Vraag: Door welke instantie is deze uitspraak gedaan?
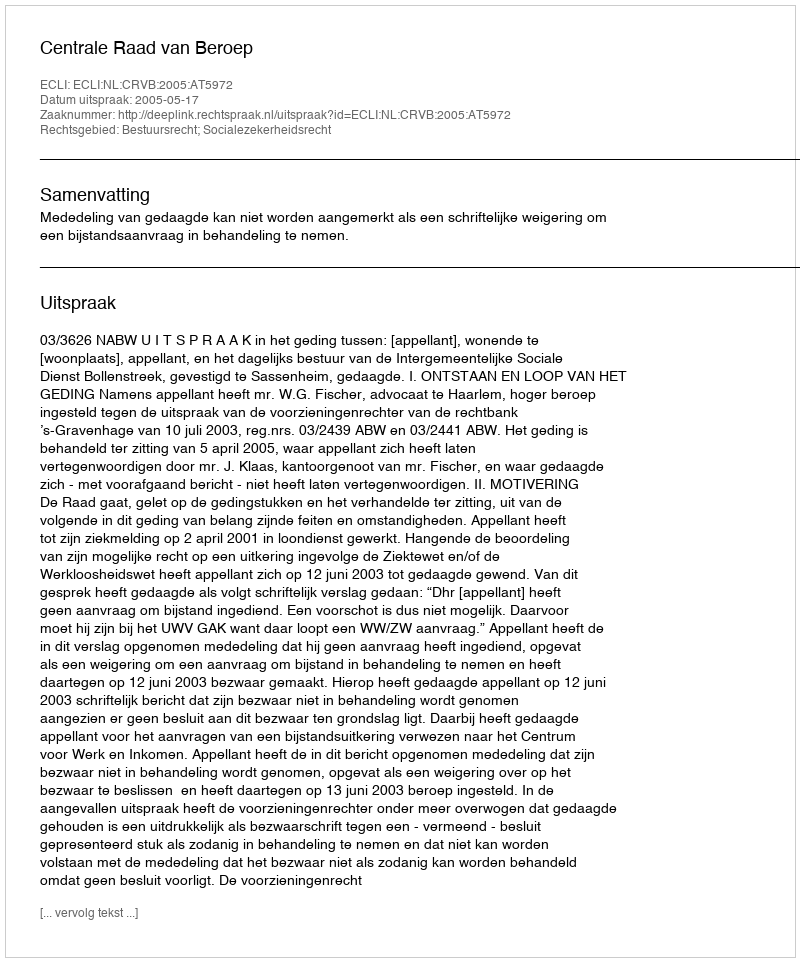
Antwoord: Centrale Raad van Beroep